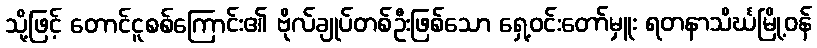
သို့ဖြင့် တောင်ငူစစ်ကြောင်း၏ ဗိုလ်ချုပ်တစ်ဦးဖြစ်သော ရှေ့ဝင်းတော်မှူး ရတနာသိင်္ဃမြို့ဝန်